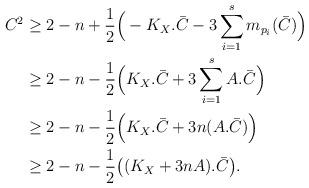
LaTeX: \begin{align*}C^2 &\geq 2-n + \frac{1}{2} \Big( -K_X.\bar{C} - 3 \sum_{i=1}^s m_{p_i}(\bar{C}) \Big)\\ &\geq 2-n - \frac{1}{2} \Big( K_X.\bar{C} + 3 \sum_{i=1}^s A.\bar{C} \Big)\\ &\geq 2-n - \frac{1}{2} \Big( K_X.\bar{C} + 3n (A.\bar{C}) \Big)\\ &\geq 2-n - \frac{1}{2}\big((K_X+3nA).\bar{C}\big).\end{align*}